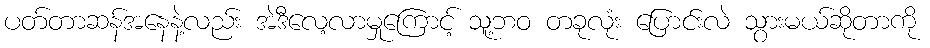
ပတ်တာဆန်အနေနဲ့လည်း အဲဒီလေ့လာမှုကြောင့် သူ့ဘဝ တခုလုံး ပြောင်းလဲ သွားမယ်ဆိုတာကို